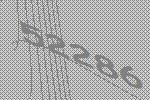
52286